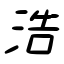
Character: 浩